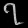
Digit: ၇